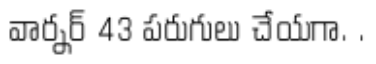
వార్నర్ 43 పరుగులు చేయగా. .